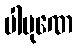
ပါပုဏေ